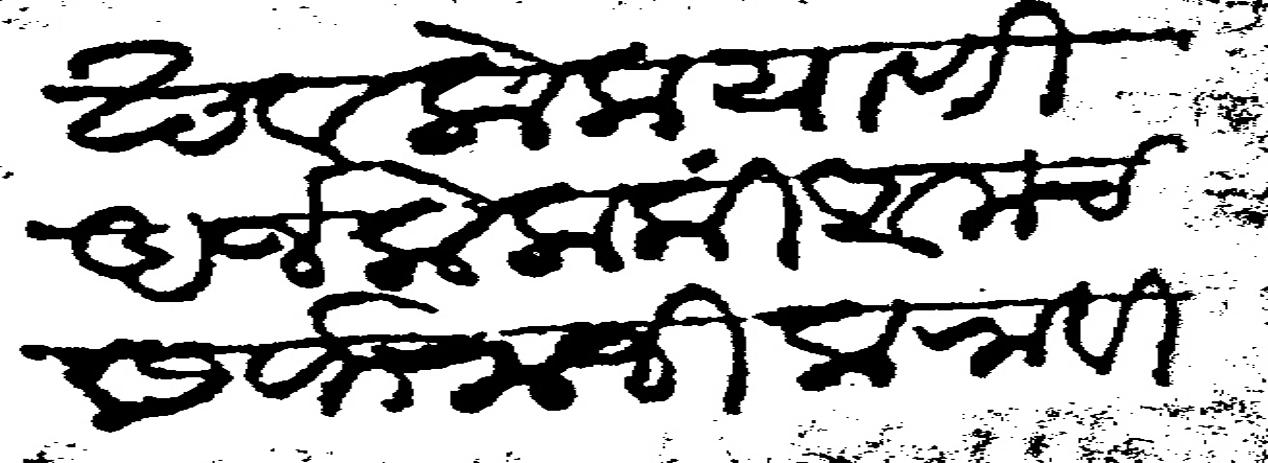
Transliteration (Devanagari): देशमुख व लोक याणीअर्ज केला की आमची सर्फराजी करावी